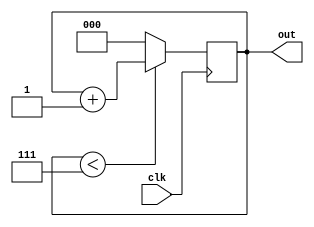
module DisplayCounter(
    input clk, 
    output reg [2:0] out
);
	initial out <= 0;
    always @(posedge clk)  begin
        if(out < 7) begin
            out <= out + 1'b1;
        end
        else begin
            out <= 0;
        end
	end                           
endmodule